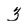
Character: 3